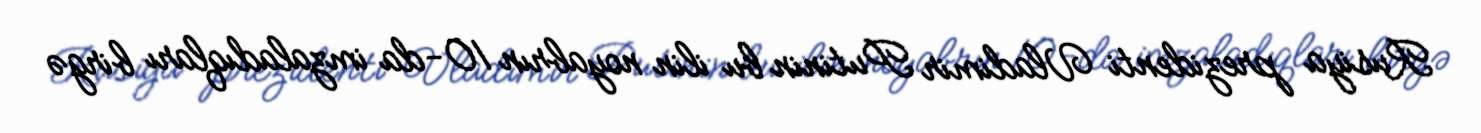
Rusiya prezidenti Vladimir Putinin bu ilin noyabrın 10-da imzaladıqları birgə